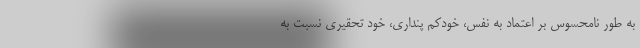
به طور نامحسوس بر اعتماد به نفس، خودکم پنداری، خود تحقیری نسبت به